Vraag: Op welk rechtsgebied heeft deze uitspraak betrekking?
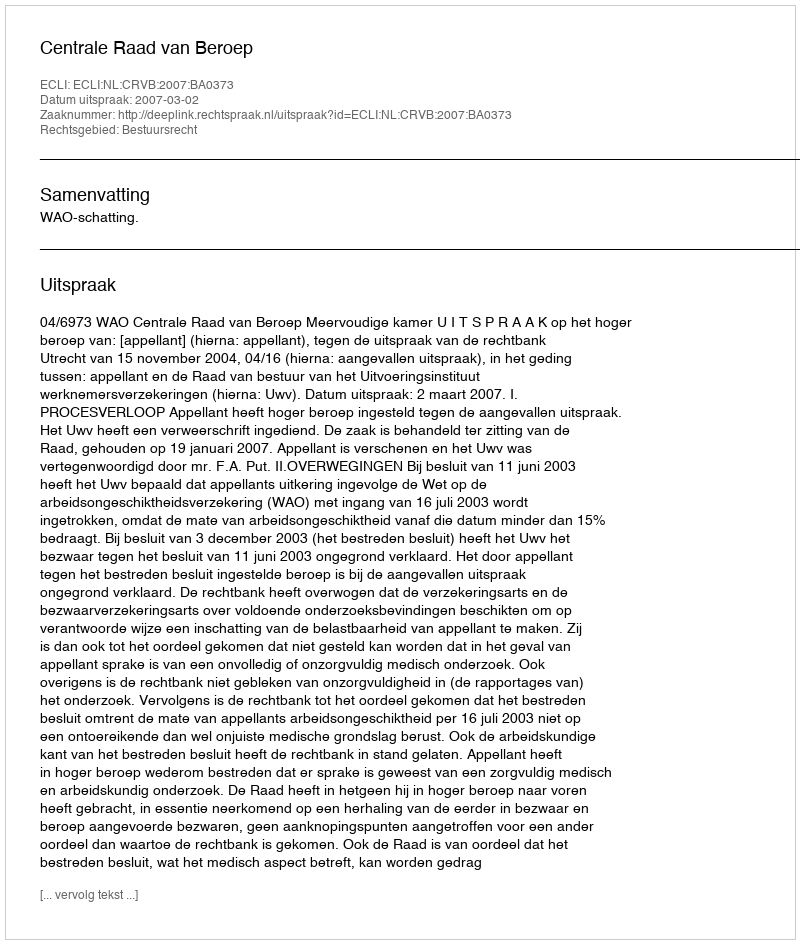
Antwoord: Bestuursrecht